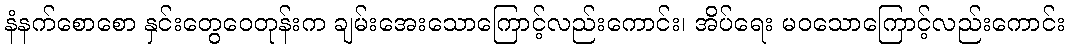
နံနက်စောစော နှင်းတွေဝေတုန်းက ချမ်းအေးသောကြောင့်လည်းကောင်း၊ အိပ်ရေး မဝသောကြောင့်လည်းကောင်း